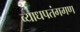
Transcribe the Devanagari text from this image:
व्याधपतंगगण